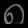
Digit: ၈